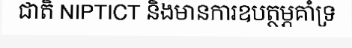
ជាតិ NIPTICT និងមានការឧបត្ថម្ភគាំទ្រ